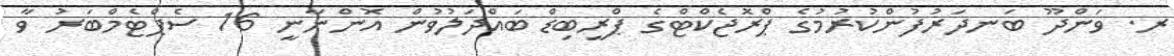
ރ. ވަންދޫ ބަނދަރުފުންކުރުމުގެ ޕްރޮޖެކްޓްގެ ޕްރީބިޑް ބައްދަލުވުން އޮންނާނީ 16 ސެޕްޓެމްބަރު ވާ